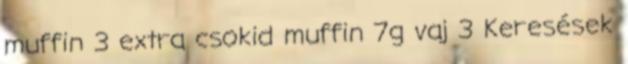
muffin 3 extra csokid muffin 7g vaj 3 Keresések